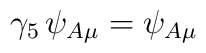
\gamma_5 \, \psi_{A\mu } = \psi_{A\mu }